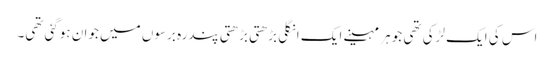
اس کی ایک لڑکی تھی جو ہر مہینے ایک انگلی بڑھتی بڑھتی پندرہ برسوں میں جوان ہوگئی تھی۔